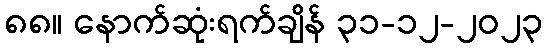
၈၈။ နောက်ဆုံးရက်ချိန် ၃၁-၁၂-၂၀၂၃